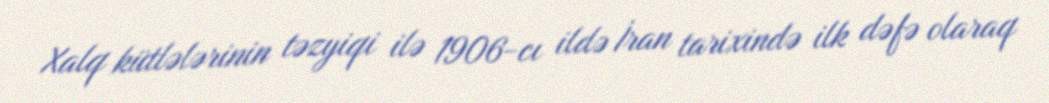
Xalq kütlələrinin təzyiqi ilə 1906-cı ildə İran tarixində ilk dəfə olaraq